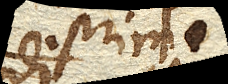
primi